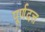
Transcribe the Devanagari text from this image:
पूर्णदत्त